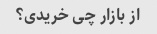
از بازار چی خریدی؟